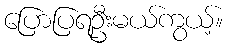
ပြောပြရဦးမယ်ကွယ့်။